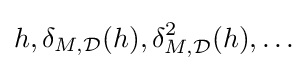
h,\delta _{M,{\mathcal {D}}}(h),\delta _{M,{\mathcal {D}}}^{2}(h),\ldots